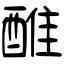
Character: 醀